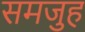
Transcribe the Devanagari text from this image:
समजुह